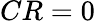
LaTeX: CR=0